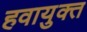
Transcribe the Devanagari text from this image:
हवायुक्त